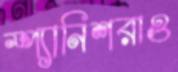
স্প্যানিশরাও